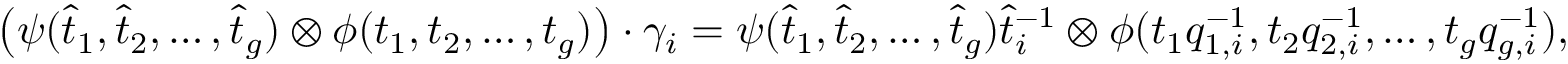
\begin{array} { r } { \left( \psi ( \hat { t } _ { 1 } , \hat { t } _ { 2 } , \ldots , \hat { t } _ { g } ) \otimes \phi ( t _ { 1 } , t _ { 2 } , \ldots , t _ { g } ) \right) \cdot \gamma _ { i } = \psi ( \hat { t } _ { 1 } , \hat { t } _ { 2 } , \ldots , \hat { t } _ { g } ) \hat { t } _ { i } ^ { - 1 } \otimes \phi ( t _ { 1 } q _ { 1 , i } ^ { - 1 } , t _ { 2 } q _ { 2 , i } ^ { - 1 } , \ldots , t _ { g } q _ { g , i } ^ { - 1 } ) , } \end{array}